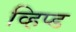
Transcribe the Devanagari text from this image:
व्हिप्ड